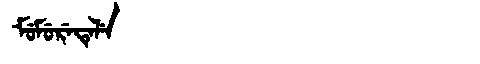
Manchu: ᠮᡠᠮᡠᡵᡝᡨᡝᠯᡝ
Romanization: MUMURETELE